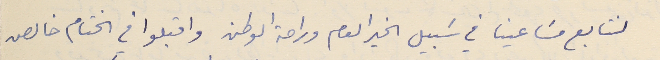
لنتابع مسَاعينا في سَبيل الخير العام وراحة الوطن واقبلوا في الختام خالص